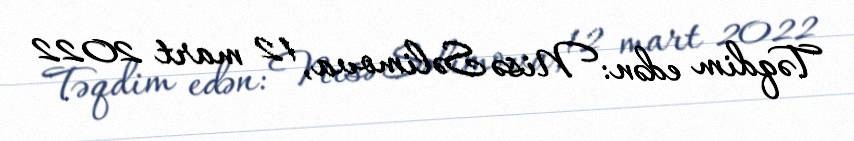
Təqdim edən: Nisə Səlimova, 12 mart 2022